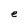
Character: e